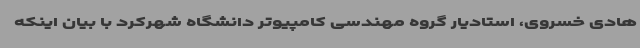
هادی خسروی، استادیار گروه مهندسی کامپیوتر دانشگاه شهرکرد با بیان اینکه